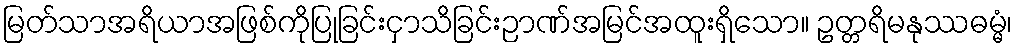
မြတ်သာအရိယာအဖြစ်ကိုပြုခြင်းငှာသိခြင်းဉာဏ်အမြင်အထူးရှိသော။ ဥတ္တရိမနုဿဓမ္မံ၊